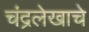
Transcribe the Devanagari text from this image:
चंद्रलेखाचे